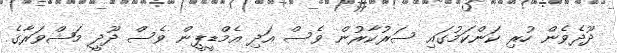
ދޫދެވެން ހުރި ކަންކަމުގައި ސަރުކާރުން ވެސް އަދި އެމްޑީޕީން ވެސް ދޫދީ މަޝްވަރާގެ